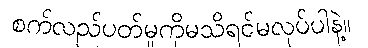
စက်လည်ပတ်မှုကိုမသိရင်မလုပ်ပါနဲ့။